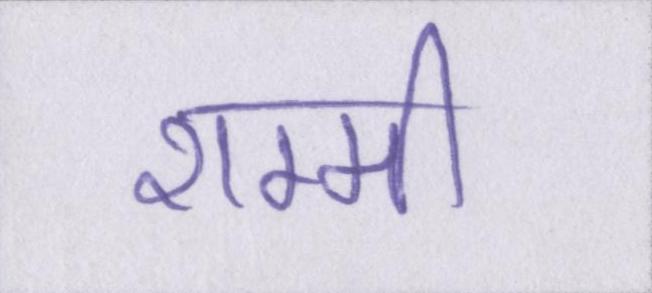
शम्मी